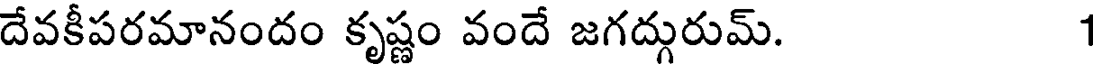
దేవకీపరమానందం కృష్ణం వందే జగద్గురుమ్. 1